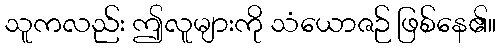
သူကလည်း ဤလူများကို သံယောဇဉ် ဖြစ်နေ၏။